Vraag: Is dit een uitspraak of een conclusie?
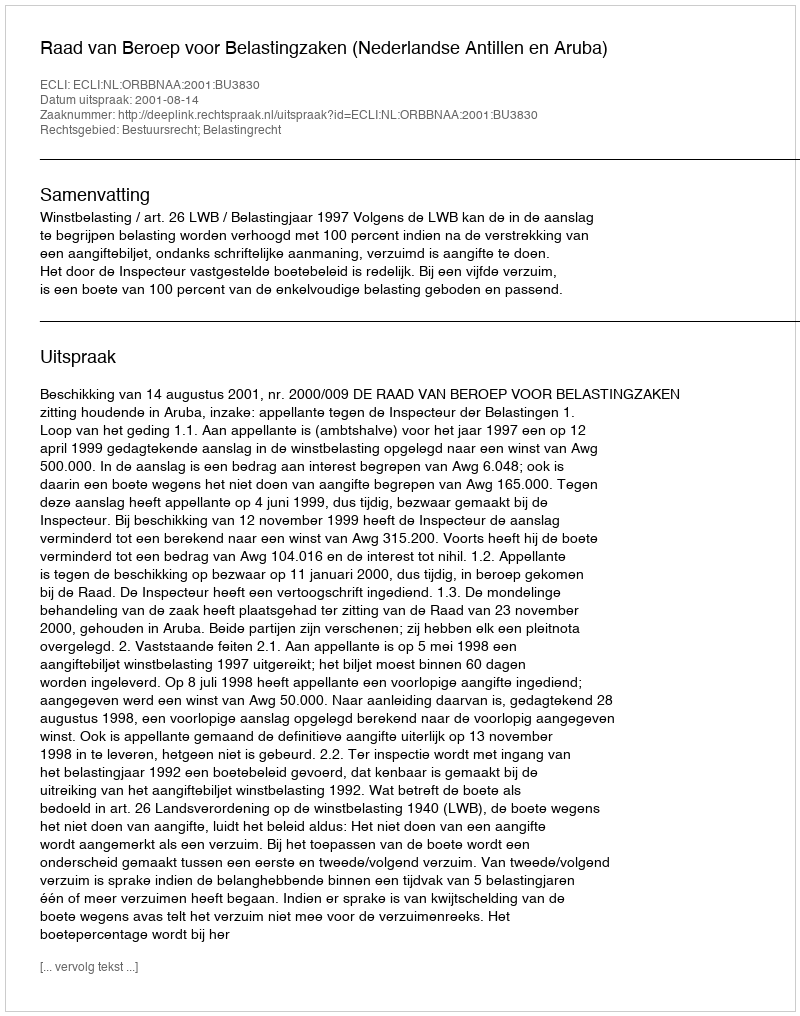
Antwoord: Uitspraak